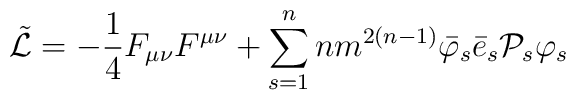
\tilde{{\cal L}}= - \frac {1} {4} F_{\mu\nu} F^{\mu\nu} +\sum\limits_{s=1}^n nm^{2\left(n-1\right)} {\bar{\varphi}}_s{\bar{e}}_s {{\cal P}}_s {\varphi}_s